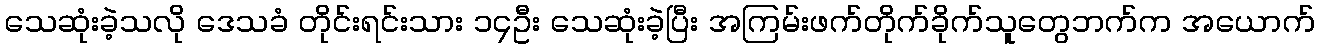
သေဆုံးခဲ့သလို ဒေသခံ တိုင်းရင်းသား ၁၄ဦး သေဆုံးခဲ့ပြီး အကြမ်းဖက်တိုက်ခိုက်သူတွေဘက်က အယောက်